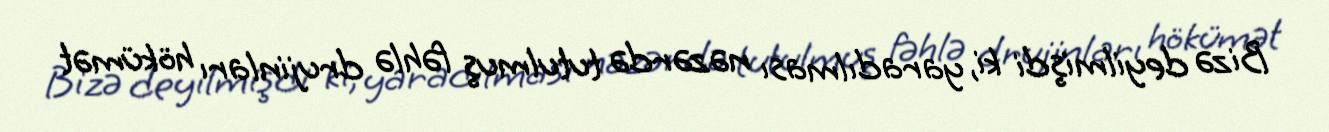
Bizə deyilmişdi ki, yaradılması nəzərdə tutulmuş fəhlə drujinları hökümət